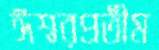
ঈশ্বরপ্রতীম